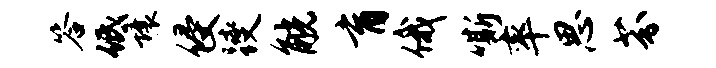
答低壤侵躞觥育俄嘶率思芬